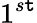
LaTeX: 1^{s\mathtt{t}}